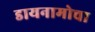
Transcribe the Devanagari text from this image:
डायनामोचा